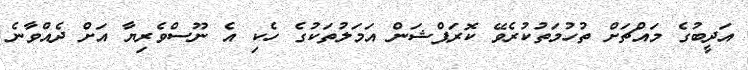
އަދީބުގެ މައްޗަށް ތުހުމަތުކުރެވޭ ކޮރަޕްޝަން އަމަލުތަކުގެ ހެކި އެ ނޫސްވެރިޔާ އަށް ދެއްވާނެ